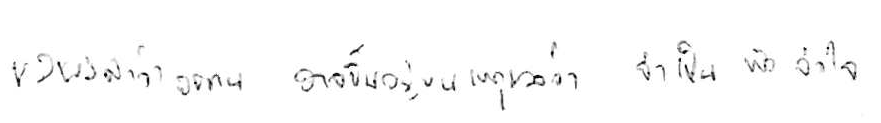
ผลของคำว่า อดทน อาจขึ้นอยู่บนเหตุผลว่า จำเป็น หรือ จำใจ